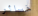
خسائر